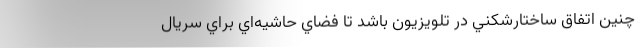
چنين اتفاق ساختارشکني در تلويزيون باشد تا فضاي حاشيه‌اي براي سريال